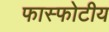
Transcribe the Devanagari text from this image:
फास्फोटीय